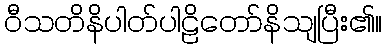
ဝီသတိနိပါတ်ပါဠိတော်နိသျပြီး၏။